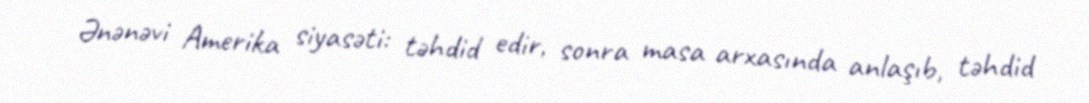
Ənənəvi Amerika siyasəti: təhdid edir, sonra masa arxasında anlaşıb, təhdid